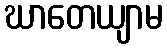
ဃာတေယျာမ